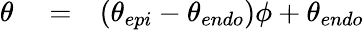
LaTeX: \begin{array}{rlr}{\theta}&{{}=}&{(\theta_{epi}-\theta_{endo})\phi+\theta_{endo}}\end{array}